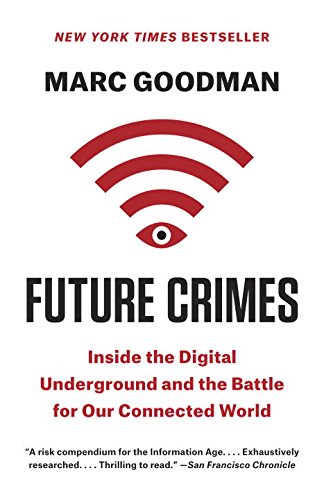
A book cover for Future Crimes: Inside the Digital Underground and the Battle for Our Connected World; Marc Goodman; Computers & Technology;